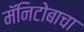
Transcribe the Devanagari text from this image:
मॅनिटोबाचा